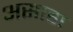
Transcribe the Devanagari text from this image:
असाह्य